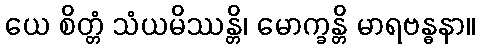
ယေ စိတ္တံ သံယမိဿန္တိ၊ မောက္ခန္တိ မာရဗန္ဓနာ။